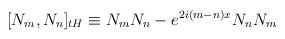
LaTeX: \begin{align*}\lbrack N_{m},N_{n}]_{tH}\equiv N_{m}N_{n}-e^{2i(m-n)x}N_{n}N_{m}\end{align*}